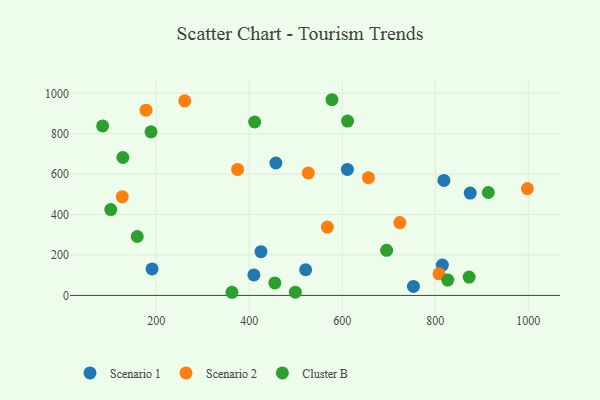
{"axis": {"x": "Distance", "y": "Exam Score"}, "legend": ["Cluster B", "Scenario 1", "Scenario 2"], "data": [{"x": "425.1", "y": 216.6, "type": "Scenario 1"}, {"x": "190.9", "y": 131.3, "type": "Scenario 1"}, {"x": "875.0", "y": 506.4, "type": "Scenario 1"}, {"x": "457.1", "y": 655.3, "type": "Scenario 1"}, {"x": "610.9", "y": 623.4, "type": "Scenario 1"}, {"x": "521.1", "y": 127.1, "type": "Scenario 1"}, {"x": "815.1", "y": 150.3, "type": "Scenario 1"}, {"x": "409.8", "y": 101.2, "type": "Scenario 1"}, {"x": "818.4", "y": 568.8, "type": "Scenario 1"}, {"x": "752.9", "y": 44.5, "type": "Scenario 1"}, {"x": "997.9", "y": 528.8, "type": "Scenario 2"}, {"x": "807.9", "y": 106.9, "type": "Scenario 2"}, {"x": "723.6", "y": 360.7, "type": "Scenario 2"}, {"x": "261.1", "y": 962.9, "type": "Scenario 2"}, {"x": "567.7", "y": 338.0, "type": "Scenario 2"}, {"x": "177.8", "y": 916.7, "type": "Scenario 2"}, {"x": "526.8", "y": 605.7, "type": "Scenario 2"}, {"x": "656.1", "y": 582.5, "type": "Scenario 2"}, {"x": "374.8", "y": 623.4, "type": "Scenario 2"}, {"x": "126.8", "y": 488.5, "type": "Scenario 2"}, {"x": "84.6", "y": 838.9, "type": "Cluster B"}, {"x": "362.7", "y": 15.6, "type": "Cluster B"}, {"x": "411.5", "y": 858.1, "type": "Cluster B"}, {"x": "159.0", "y": 291.6, "type": "Cluster B"}, {"x": "499.0", "y": 16.3, "type": "Cluster B"}, {"x": "102.1", "y": 424.6, "type": "Cluster B"}, {"x": "454.9", "y": 62.0, "type": "Cluster B"}, {"x": "188.6", "y": 809.5, "type": "Cluster B"}, {"x": "913.9", "y": 509.2, "type": "Cluster B"}, {"x": "577.7", "y": 968.3, "type": "Cluster B"}, {"x": "872.7", "y": 90.9, "type": "Cluster B"}, {"x": "611.3", "y": 862.9, "type": "Cluster B"}, {"x": "826.7", "y": 75.9, "type": "Cluster B"}, {"x": "695.3", "y": 223.2, "type": "Cluster B"}, {"x": "128.1", "y": 682.4, "type": "Cluster B"}]}